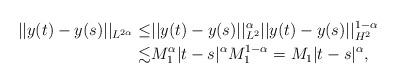
LaTeX: \begin{align*}||y(t)-y(s)||_{L^{2\alpha}} \le & ||y(t)-y(s)||^{\alpha}_{L^2}||y(t)-y(s)||^{1-\alpha}_{H^2} \\\lesssim & M_1^{\alpha}|t-s|^{\alpha}M_1^{1-\alpha}=M_1|t-s|^{\alpha},\end{align*}